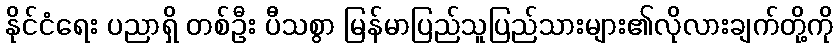
နိုင်ငံရေး ပညာရှိ တစ်ဦး ပီသစွာ မြန်မာပြည်သူပြည်သားများ၏လိုလားချက်တို့ကို